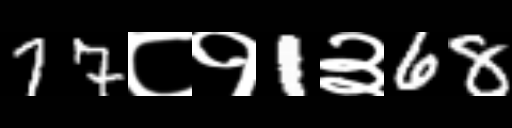
Text: 77८१1३68